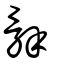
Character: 辭